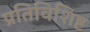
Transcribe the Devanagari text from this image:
प्रतिविशिष्ट